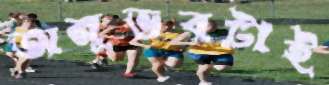
অনুভবটাই